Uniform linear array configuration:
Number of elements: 12
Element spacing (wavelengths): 0.5
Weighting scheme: blackman
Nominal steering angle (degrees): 30
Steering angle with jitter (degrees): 31.127
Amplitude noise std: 0.05
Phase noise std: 0.05

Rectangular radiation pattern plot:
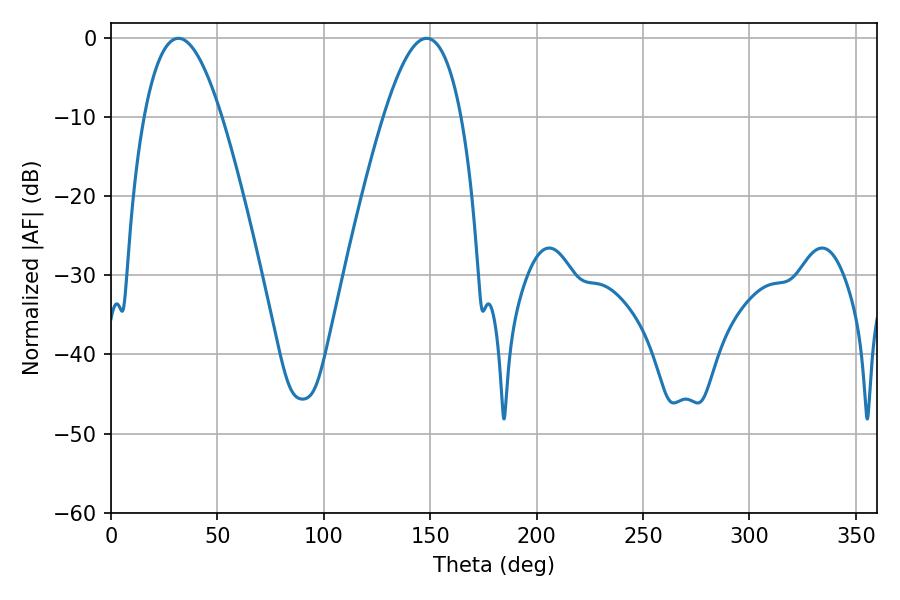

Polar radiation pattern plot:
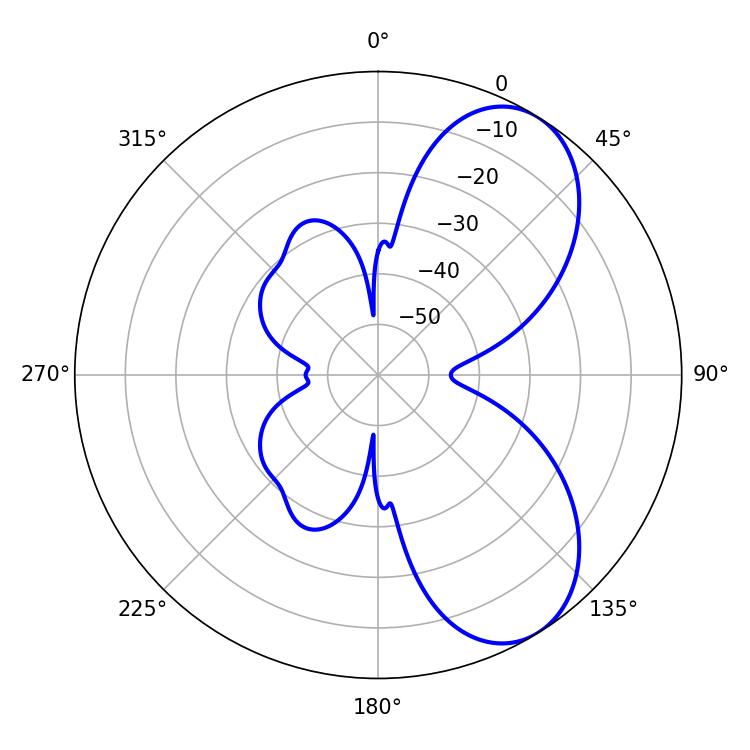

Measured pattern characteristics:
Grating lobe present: FALSE
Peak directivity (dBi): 6.958
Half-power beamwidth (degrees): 19.98
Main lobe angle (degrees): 31.68